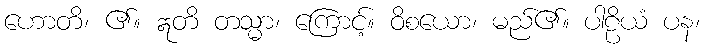
ဟောတိ၊ ၏။ ဣတိ တသ္မာ၊ ကြောင့်။ ဝိစယော၊ မည်၏။ ပါဠိယံ ပန၊